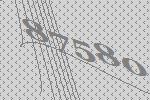
87580